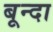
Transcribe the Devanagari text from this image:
बून्दा